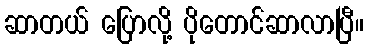
ဆာတယ် ပြောလို့ ပိုတောင်ဆာလာပြီ။